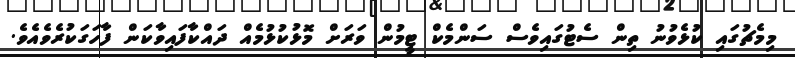
މިމެޗުގައި ކުޅެވުނު ތިން ސެޓުގައިވެސް ސަންމެކް ޓީމުން ވަރަށް މޮޅުކުޅުމެއް ދައްކާފައިވާކަން ފާހަގަކުރެވެއެވެ.